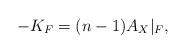
LaTeX: \begin{align*}-K_F=(n-1)A_X\vert_F,\end{align*}